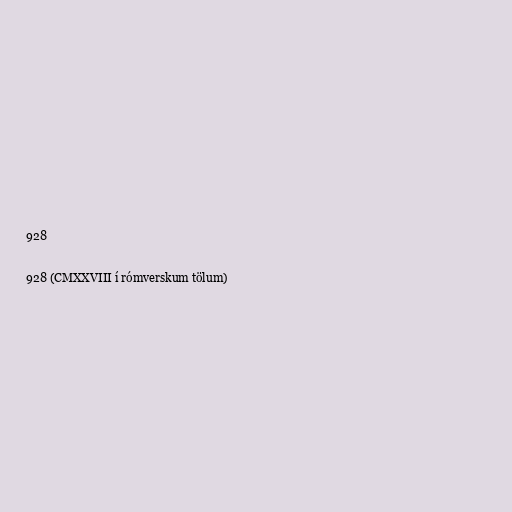
928

928 (CMXXVIII í rómverskum tölum)